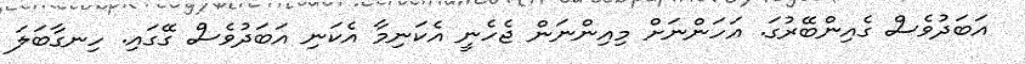
އަބަދުވެސް ގެއިންބޭރުގަ. އަހަންނަށް މިއިންނަން ޖެހެނީ އެކަނިމާ އެކަނި އަބަދުވެސް ގޭގައި. ހިނގާބަލަ